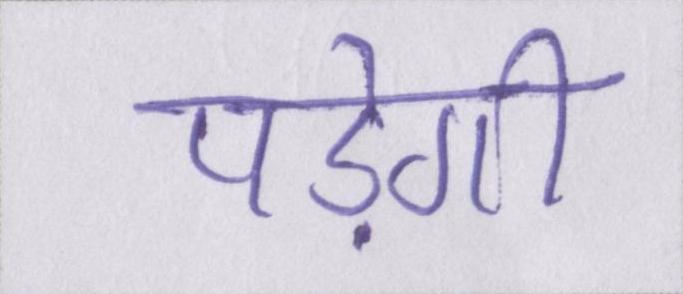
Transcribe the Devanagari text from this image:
पड़ेगी